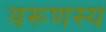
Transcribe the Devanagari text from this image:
वरूणस्य